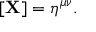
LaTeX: \mathbf { \partial } [ \mathbf { X } ] = \eta ^ { \mu \nu } .